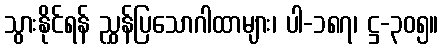
သွားနိုင်ရန် ညွှန်ပြသောဂါထာများ၊ ပါ-၁၈၇၊ ဋ္ဌ-၃၀၅။